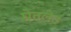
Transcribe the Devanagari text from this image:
घेतलेत